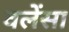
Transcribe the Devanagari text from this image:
वलेंसा